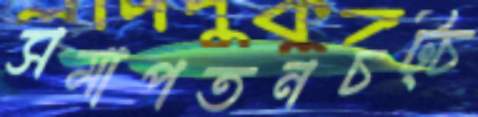
সমাপতনচট্‌চ